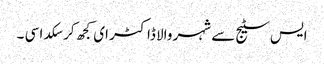
ایس سٹیج سے شہر والا ڈاکٹر ای کجھ کر سکدا سی ۔